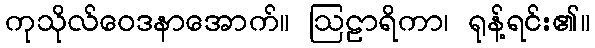
ကုသိုလ်ဝေဒနာအောက်။ ဩဠာရိကာ၊ ရုန့်ရင်း၏။